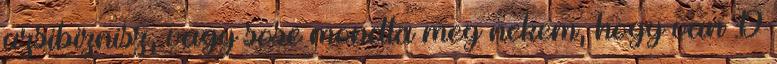
uzsibiznisz, vagy sose mondta meg nekem, hogy van :D